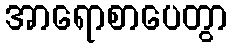
အာရောစာပေတွာ